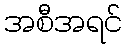
အစီအရင်